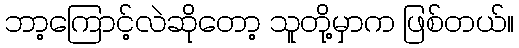
ဘာ့ကြောင့်လဲဆိုတော့ သူတို့မှာက ဖြစ်တယ်။